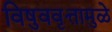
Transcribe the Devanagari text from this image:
विषुववृत्तामुळे